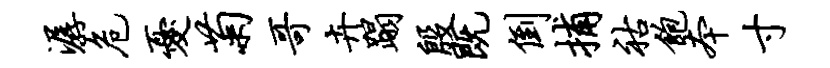
潺危忧菊哥卉蹋殷既倒捕祜饱本寸